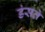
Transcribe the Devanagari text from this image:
डंसते